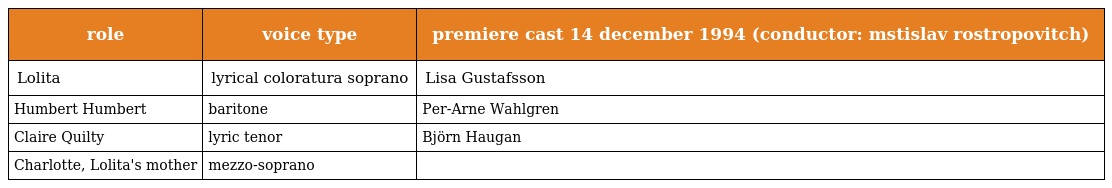
| role | voice type | premiere cast 14 december 1994 (conductor: mstislav rostropovitch) |
 | --- | --- | --- |
 | Lolita | lyrical coloratura soprano | Lisa Gustafsson |
 | Humbert Humbert | baritone | Per-Arne Wahlgren |
 | Claire Quilty | lyric tenor | Björn Haugan |
 | Charlotte, Lolita's mother | mezzo-soprano |  |